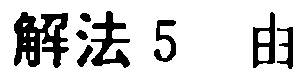
解法 5 由